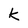
Character: k